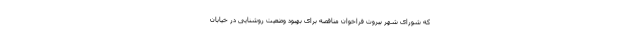
که شورای شهر بیروت فراخوان مناقصه برای بهبود وضعیت روشنایی در خیابان